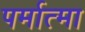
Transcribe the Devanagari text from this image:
पर्मात्मा